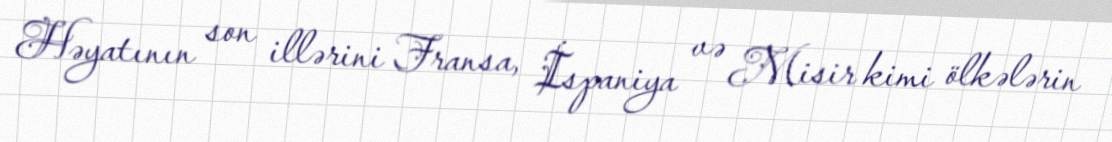
Həyatının son illərini Fransa, İspaniya və Misir kimi ölkələrin